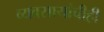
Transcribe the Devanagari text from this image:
व्यवसायांचीही